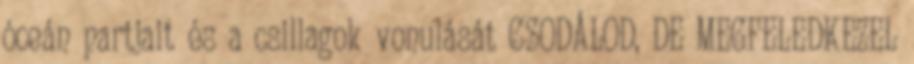
óceán partjait és a csillagok vonulását CSODÁLOD, DE MEGFELEDKEZEL